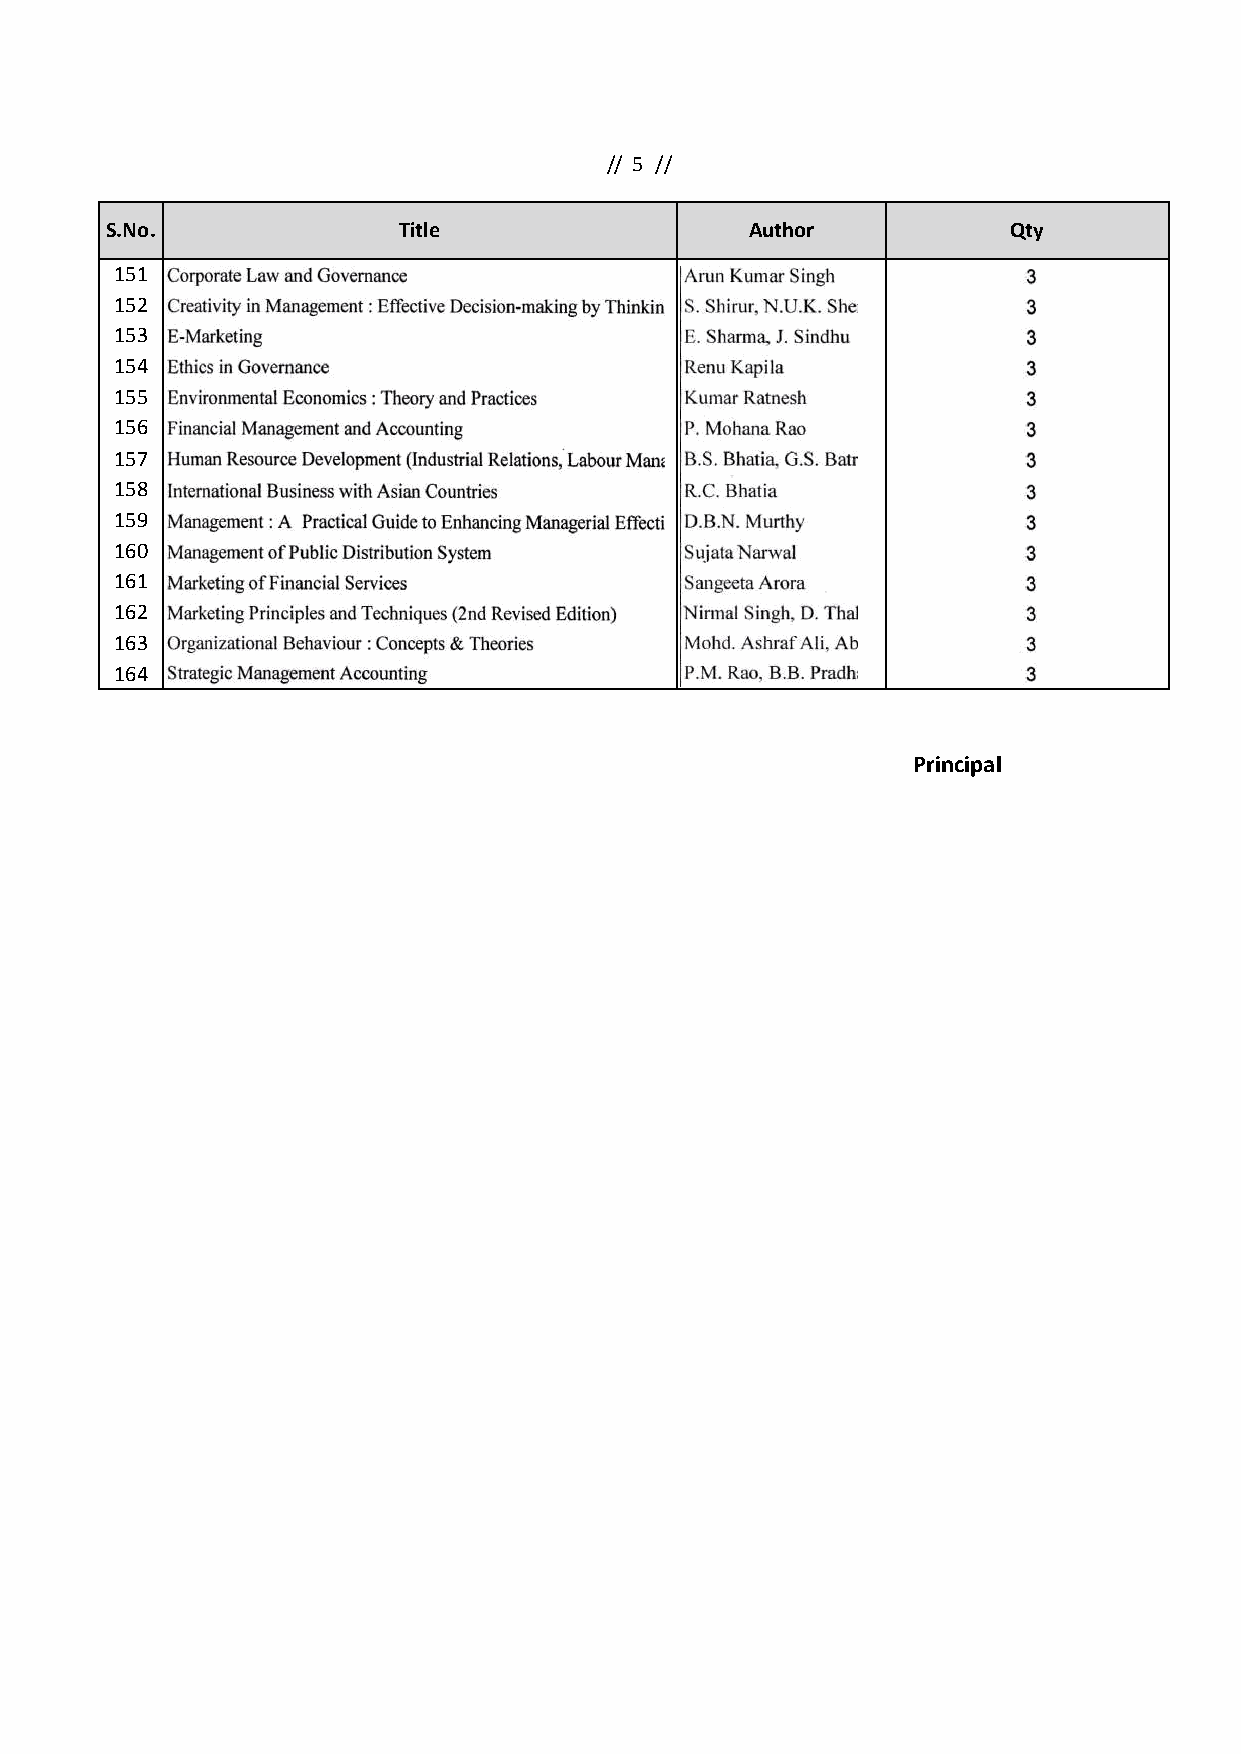
// 5 //
 S.No.              Title                   Author           Qty
 151
 152
 153
 154
 155
 156
 157
 158
 159
 160
 161
 162
 163
 164
 Principal